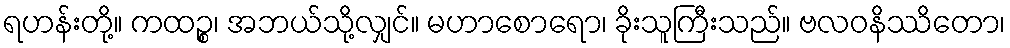
ရဟန်းတို့။ ကထဉ္စ၊ အဘယ်သို့လျှင်။ မဟာစောရော၊ ခိုးသူကြီးသည်။ ဗလဝနိဿိတော၊